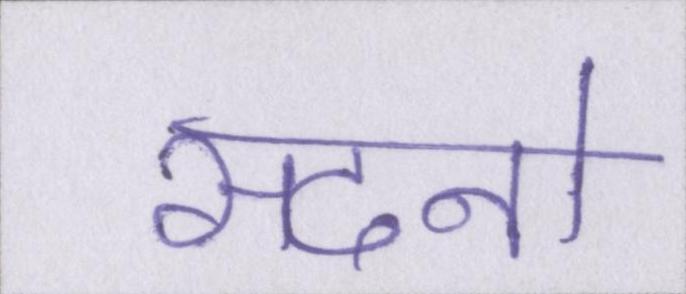
सदनो